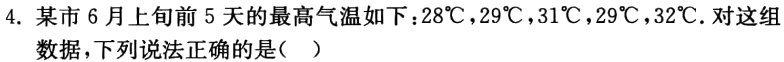
4. 某市 6 月上旬前 5 天的最高气温如下：\(28^{\circ}C\)，\(29^{\circ}C\)，\(31^{\circ}C\)，\(29^{\circ}C\)，\(32^{\circ}C\). 对这组数据，下列说法正确的是（  ）